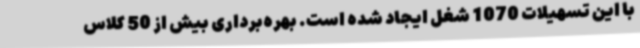
با این تسهیلات 1070 شغل ایجاد شده است. بهره‌برداری بیش از 50 کلاس